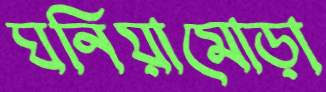
ঘনিয়ামোড়া